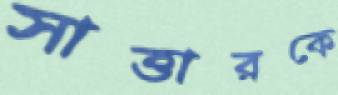
সাত্তারকে